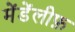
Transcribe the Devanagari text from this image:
मेंडेंलीफ़